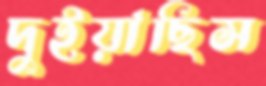
দুইয়াছিস